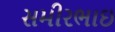
સમીરભાઇ